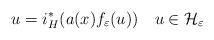
LaTeX: \begin{align*}u=i_{H}^{*}(a(x)f_{\varepsilon}(u))\ \ \ u\in\mathcal{H}_{\varepsilon}\end{align*}